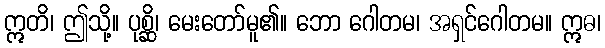
ဣတိ၊ ဤသို့။ ပုစ္ဆိ၊ မေးတော်မူ၏။ ဘော ဂေါတမ၊ အရှင်ဂေါတမ။ ဣဓ၊